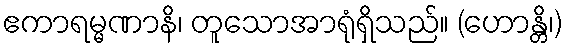
ဧကာရမ္မဏာနိ၊ တူသောအာရုံရှိသည်။ (ဟောန္တိ၊)